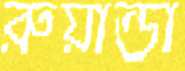
রুয়ান্ডা